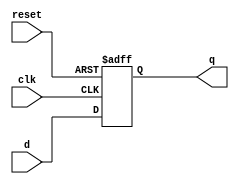
`timescale 1ns / 1ps
/* ***************************** C E C S  4 4 0 *******************************
 * 
 * Project:    Lab_Assignment_4
 * Designer:   Chanartip Soonthornwan, Jonathan Shihata
 * Rev. No.:   Version 1.0
 * Rev. Date:  10/7/2017
 * 
 * Rev. No.:   Version 1.1
 * Rev. Date:  Current Rev. 10/10/2017
 *    Notes:   - filename changed
 *             - comments added
 *
 * Purpose:    A 32-bit memory holding 32-bit value and output it
 *             on next active clock.
 *
 * ***************************************************************************/
module reg32_no_ld(clk, reset, d, q);

   input     clk, reset;      // on-board clock, and reset signal
   input      [31:0]  d;      // data inputs
   output reg [31:0]  q;      // data outputs

   always@(posedge clk, posedge reset) 
      if(reset) q <= 32'b0;   // reset
      else      q <= d;       // assign new value

endmodule